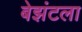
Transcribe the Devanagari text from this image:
बेझंटला